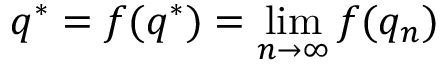
q ^ { * } = f ( q ^ { * } ) = \operatorname* { l i m } _ { n \to \infty } f ( q _ { n } )